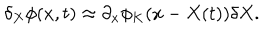
\delta _ { X } \phi ( x , t ) \approx \partial _ { x } \phi _ { K } ( x - X ( t ) ) \delta X .